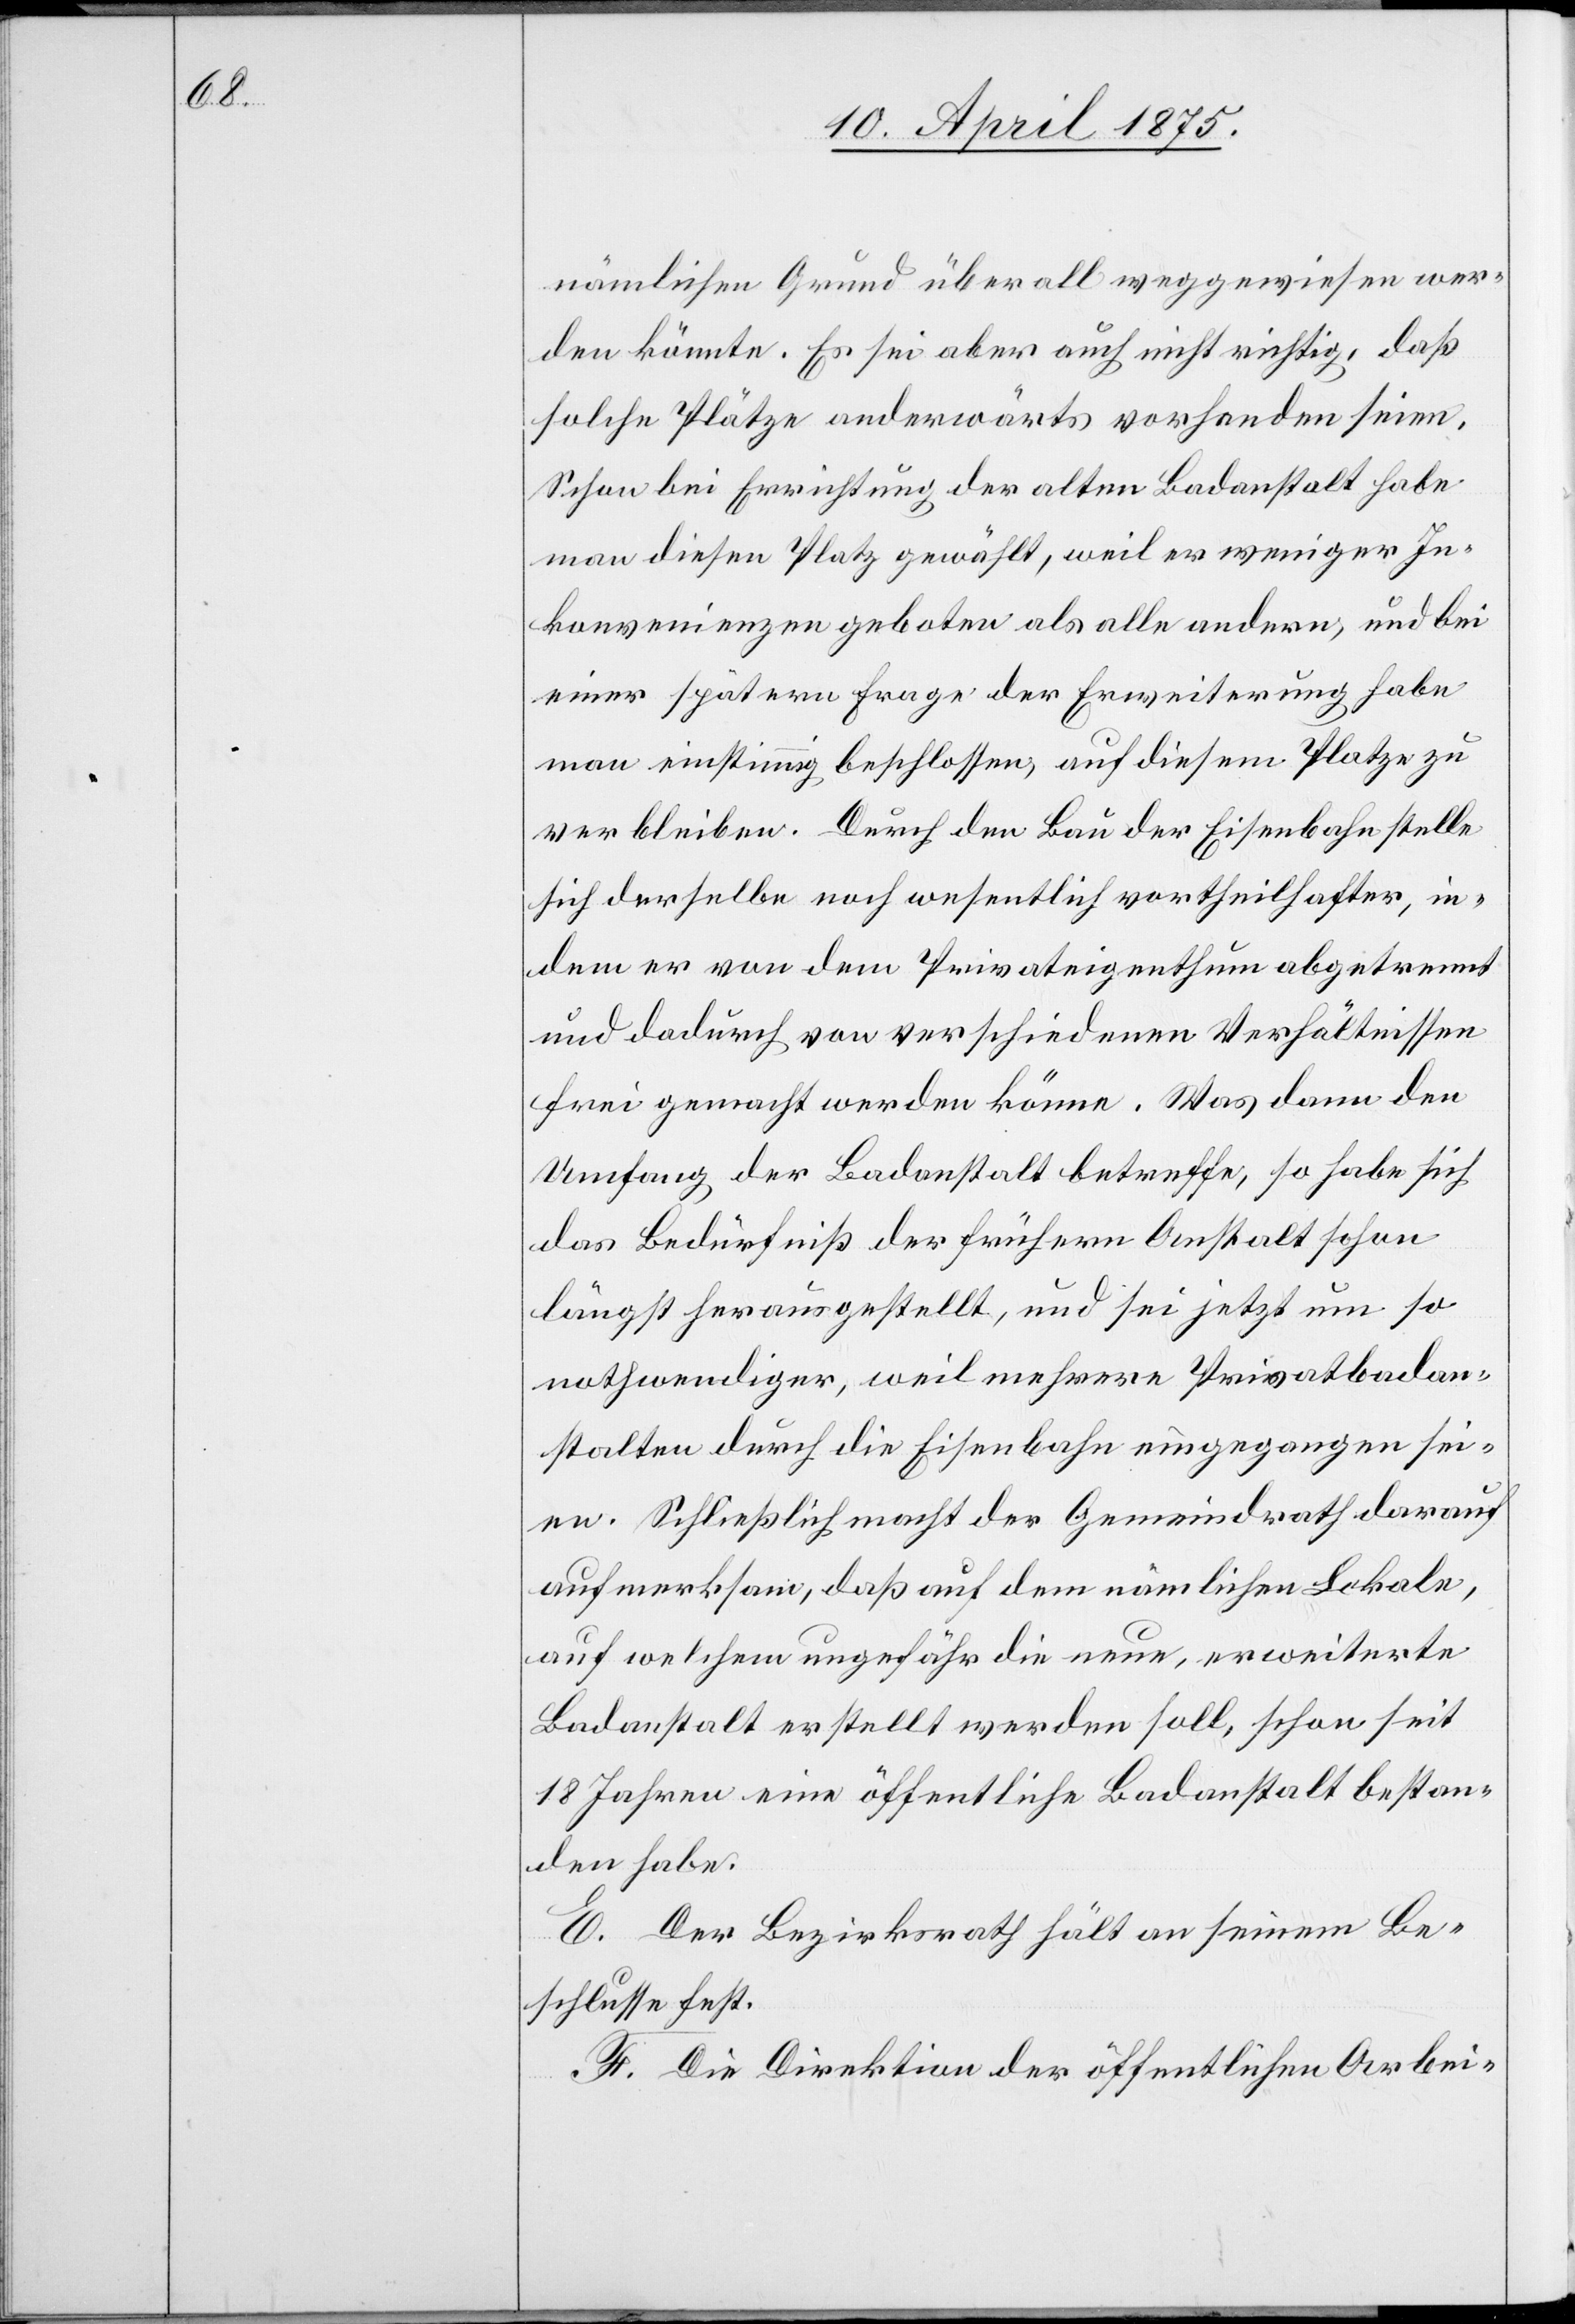
nämlichen Grund überall weggewiesen wer¬
den könnte. Es sei aber auch nicht richtig, daß
solche Plätze anderwärts vorhanden seien.
Schon bei Errichtung der alten Badeanstalt habe
man diesen Platz gewählt, weil es weniger In¬
konvenienzen geboten als alle andern, und bei
einer spätern Frage der Erweiterung habe
man einstimmig beschlossen, auf diesem Platze zu
verbleiben. Durch den Bau der Eisenbahn stelle
sich derselbe noch wesentlich vortheilhafter, in
dem er von dem Privateigenthum abgetrennt
und dadurch von verschiedenen Verhältnissen
frei gemacht werden könne. Was dann den
Umfang der Badeanstalt betreffe, so habe sich
das Bedürfniß der frühern Anstalt schon
längst herausgestellt, und sei jetzt um so
nothwendiger, weil mehrere Privatbadean¬
stalten durch die Eisenbahn eingegangen sei¬
en. Schließlich macht der Gemeindrath darauf
aufmerksam, daß auf dem nämlichen Lokale,
auf welchem ungefähr die neue, erweiterte
Badeanstalt erstellt werden soll, schon seit
18 Jahren eine öffentliche Badeanstalt bestan¬
den habe.
E. Der Bezirksrath hält an seinem Be¬
schlusse fest.
F. Die Direktion der öffentlichen Arbei-